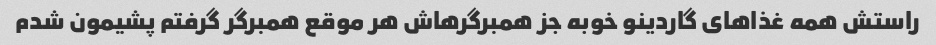
راستش همه غذاهای گاردینو خوبه جز همبرگرهاش هر موقع همبرگر گرفتم پشیمون شدم